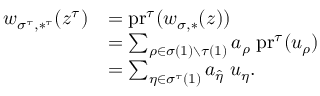
\begin{array} { r l } { w _ { \sigma ^ { \tau } , * ^ { \tau } } ( z ^ { \tau } ) } & { = \mathrm { p r } ^ { \tau } ( w _ { \sigma , * } ( z ) ) } \\ & { = \sum _ { \rho \in \sigma ( 1 ) \setminus \tau ( 1 ) } a _ { \rho } \; \mathrm { p r } ^ { \tau } ( u _ { \rho } ) } \\ & { = \sum _ { \eta \in \sigma ^ { \tau } ( 1 ) } a _ { \hat { \eta } } \; u _ { \eta } . } \end{array}